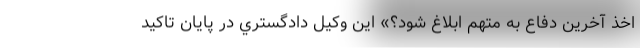
اخذ آخرين دفاع به متهم ابلاغ شود؟» اين وكيل دادگستري در پايان تاكيد